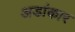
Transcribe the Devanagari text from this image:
अडांकार